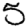
Digit: 5